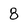
Character: 8